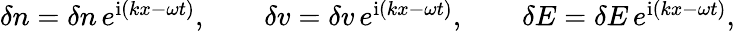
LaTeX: \begin{array}{r}{\delta n=\delta n\, e^{\textrm{i}(kx-\omega t)},\qquad\delta v=\delta v\, e^{\textrm{i}(kx-\omega t)},\qquad\delta E=\delta E\, e^{\textrm{i}(kx-\omega t)},}\end{array}